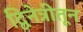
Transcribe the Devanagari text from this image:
द्विनेत्रीतून